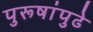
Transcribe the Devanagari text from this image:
पुरूषांपुढे